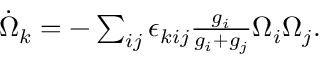
\begin{array} { r } { \dot { \Omega } _ { k } = - \sum _ { i j } \epsilon _ { k i j } \frac { g _ { i } } { g _ { i } + g _ { j } } \Omega _ { i } \Omega _ { j } . } \end{array}